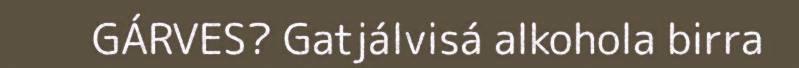
GÁRVES? Gatjálvisá alkohola birra